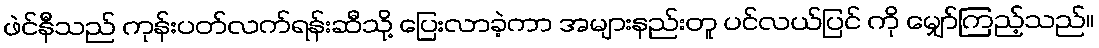
ဖဲင်နီသည် ကုန်းပတ်လက်ရန်းဆီသို့ ပြေးလာခဲ့ကာ အများနည်းတူ ပင်လယ်ပြင် ကို မျှော်ကြည့်သည်။